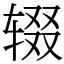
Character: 辍